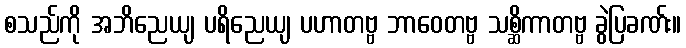
စသည်ကို အဘိညေယျ ပရိညေယျ ပဟာတဗ္ဗ ဘာဝေတဗ္ဗ သစ္ဆိကာတဗ္ဗ ခွဲပြခဏ်း။